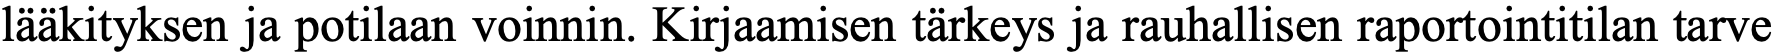
lääkityksen ja potilaan voinnin. Kirjaamisen tärkeys ja rauhallisen raportointitilan tarve